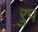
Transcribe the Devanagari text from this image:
ऱुप